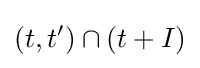
(t,t')\cap (t+I)